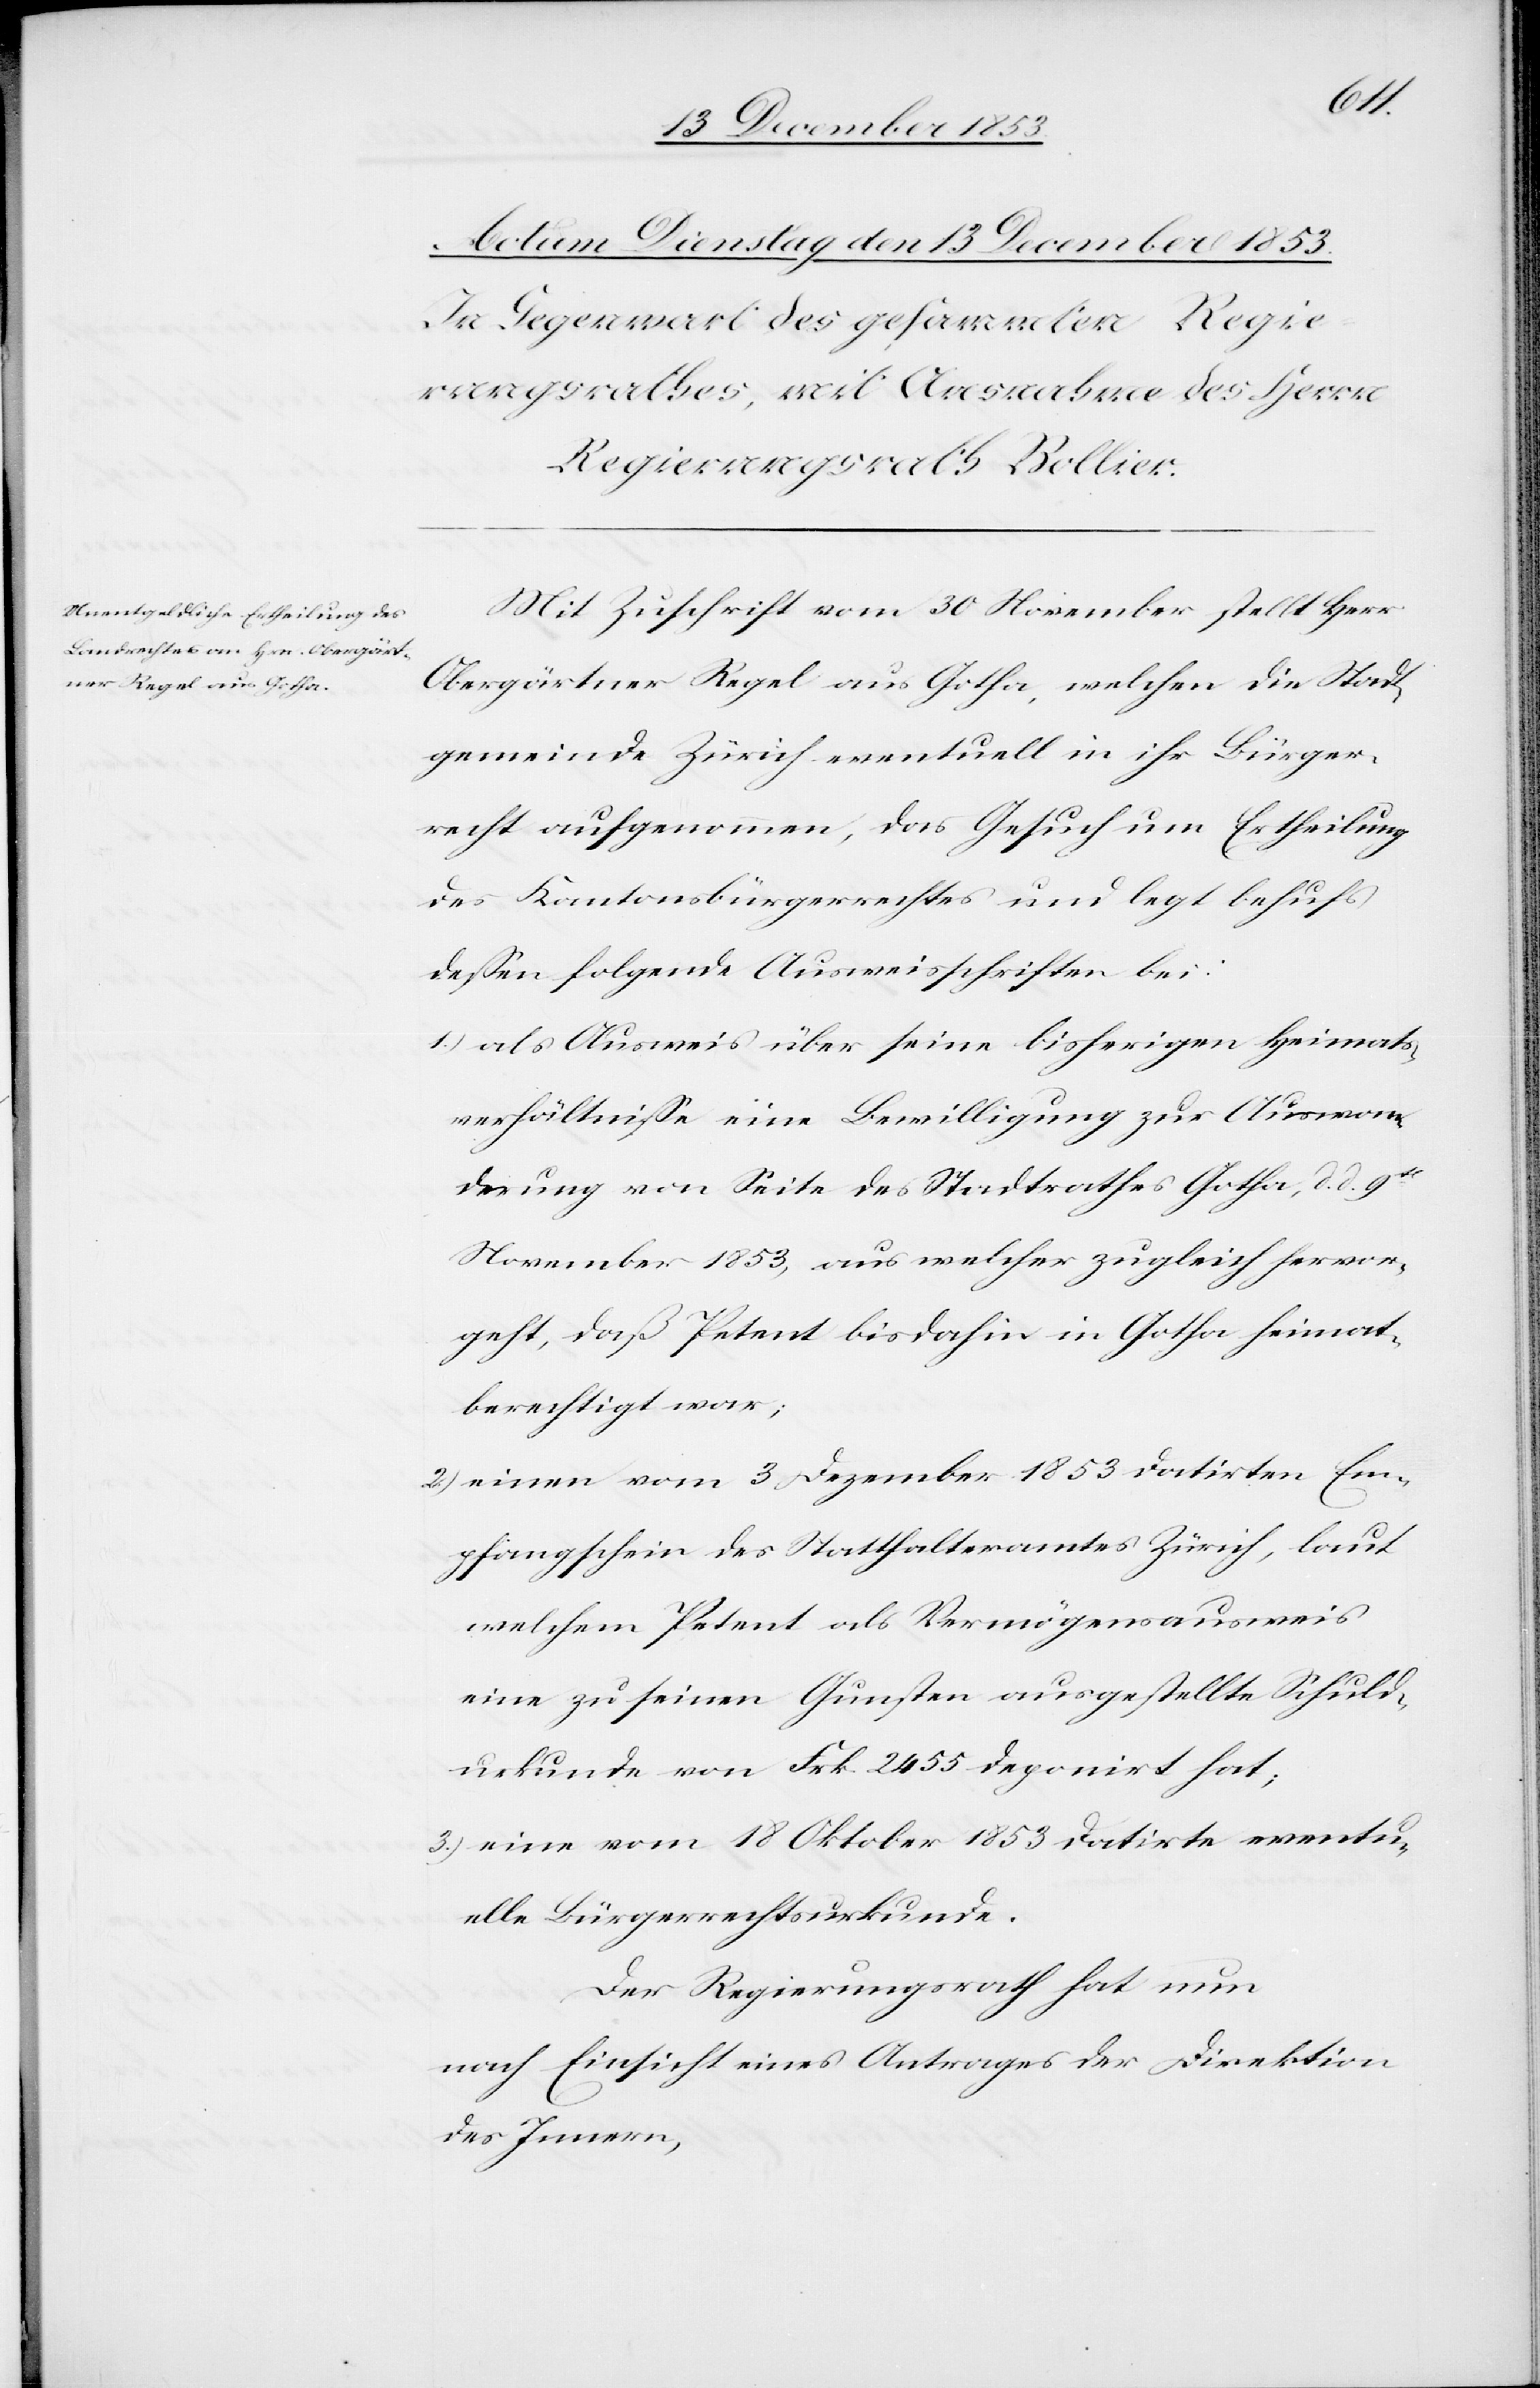
Mit Zuschrift vom 30 November stellt Herr
Obergärtner Regel aus Gotha, welchen die Stadt¬
gemeinde Zürich eventuell in ihr Bürger¬
recht aufgenommen, das Gesuch um Ertheilung
des Kantonsbürgerrechtes und legt behufs
deßen folgende Ausweisschriften bei:
1) als Ausweis über seine bisherigen Heimats¬
verhältniße eine Bewilligung zur Auswan¬
derung von Seite des Stadtrathes Gotha, d. d.
November 1853, aus welcher zugleich hervor¬
geht, daß Petent bisdahin in Gotha heimat¬
berechtigt war;
2) einem vom 3 Dezember 1853 datirten Em¬
pfangsschein des Statthalteramtes Zürich, laut
welchem Petent als Vermögensausweis
eine zu seinen Gunsten ausgestellte Schuld¬
urkunde von Frk. 2455 deponirt hat;
3) eine vom 18 Oktober 1853 datirte eventu¬
elle Bürgerrechtsurkunde.
Der Regierungsrath hat nun
nach Einsicht eines Antrages der Direktion
des Innern,